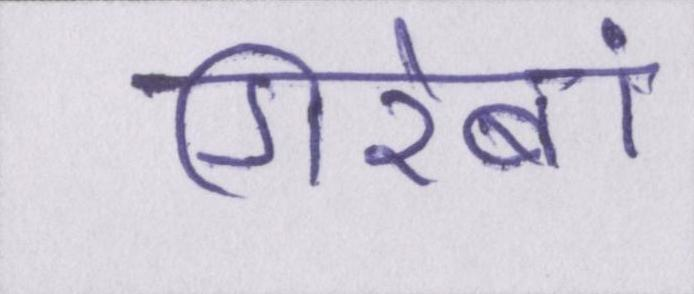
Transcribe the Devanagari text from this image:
गिरेबां